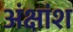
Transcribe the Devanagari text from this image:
अंक्षांश